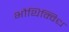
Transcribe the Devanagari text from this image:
भौथिक्विध